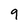
Character: 9